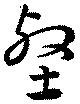
壑